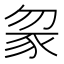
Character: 䝆